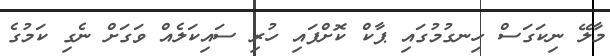
މާލޭ ނިކަގަސް ހިނގުމުގައި ޕާކް ކޮށްފައި ހުރި ސައިކަލެއް ވަގަށް ނެގި ކަމުގެ